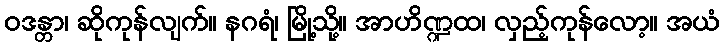
ဝဒန္တာ၊ ဆိုကုန်လျက်။ နဂရံ၊ မြို့သို့။ အာဟိဏ္ဍထ၊ လှည့်ကုန်လော့။ အယံ